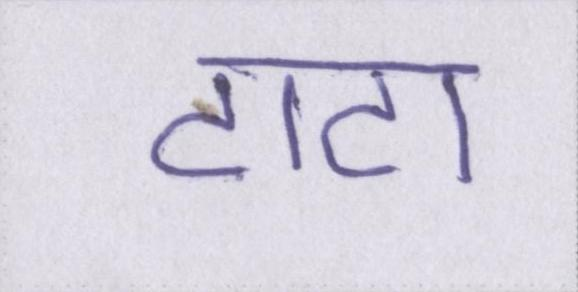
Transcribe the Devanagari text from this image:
टाटा